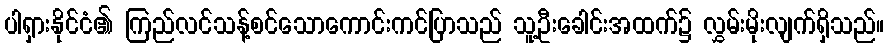
ပါရှားနိုင်ငံ၏ ကြည်လင်သန့်စင်သောကောင်းကင်ပြာသည် သူ့ဦးခေါင်းအထက်၌ လွှမ်းမိုးလျက်ရှိသည်။